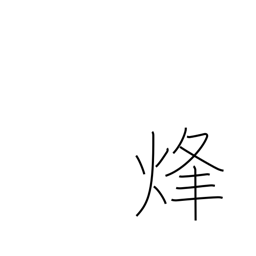
Meaning: signal fire